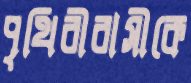
পৃথিবীবাসীকে